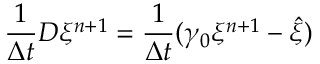
\frac { 1 } { \Delta t } D \xi ^ { n + 1 } = \frac { 1 } { \Delta t } ( \gamma _ { 0 } \xi ^ { n + 1 } - \hat { \xi } )